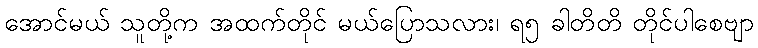
အောင်မယ် သူတို့က အထက်တိုင် မယ်ပြောသလား၊ ရ၅ ခါတိတိ တိုင်ပါစေဗျာ